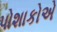
પોશાકોએ